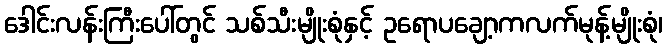
ဒေါင်းလန်းကြီးပေါ်တွင် သစ်သီးမျိုးစုံနှင့် ဥရောပချော့ကလက်မုန့်မျိုးစုံ၊